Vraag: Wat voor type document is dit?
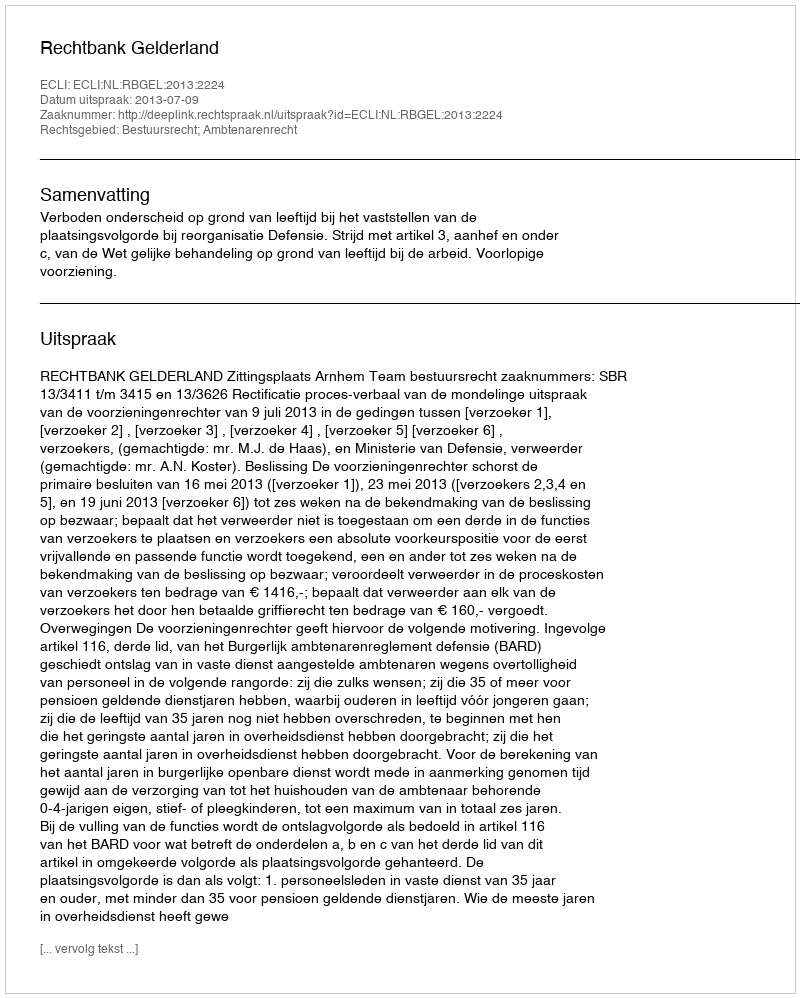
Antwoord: Uitspraak